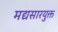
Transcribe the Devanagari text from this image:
मद्यसारयुक्त